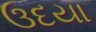
ઉદયા